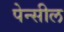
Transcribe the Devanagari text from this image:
पेन्सील